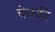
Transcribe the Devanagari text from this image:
चेतकी